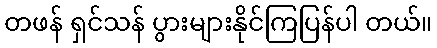
တဖန် ရှင်သန် ပွားများနိုင်ကြပြန်ပါ တယ်။